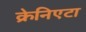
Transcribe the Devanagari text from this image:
क्रेनिएटा